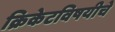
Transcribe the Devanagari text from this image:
क्रिकेटविषयीचे